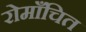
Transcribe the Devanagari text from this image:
रोमाँचित